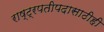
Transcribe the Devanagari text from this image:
राष्ट्रपतीपदासाठीही